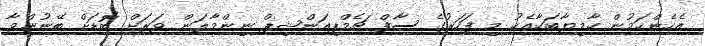
އެހެންކަމުން ކާމިޔާބަކާއެކު މި ފަހަރުގެ ސާފް ޗެމްޕިއަންޝިޕް ނިންމާލަން ވަރަށް ބޮޑަށް ބޭނުންވާ